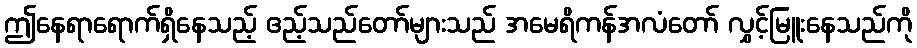
ဤနေရာရောက်ရှိနေသည့် ဧည့်သည်တော်များသည် အမေရိကန်အလံတော် လွှင့်မြူးနေသည်ကို